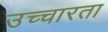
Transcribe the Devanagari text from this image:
उच्चारता